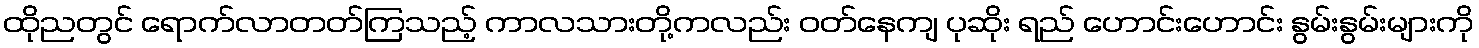
ထိုညတွင် ရောက်လာတတ်ကြသည့် ကာလသားတို့ကလည်း ဝတ်နေကျ ပုဆိုး ရည် ဟောင်းဟောင်း နွမ်းနွမ်းများကို